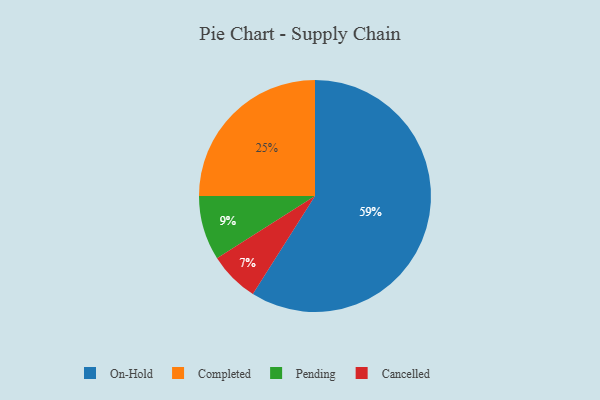
{"axis": {"x": "Category", "y": "Percentage"}, "legend": ["Cancelled", "Completed", "On-Hold", "Pending"], "data": [{"x": "Pending", "y": 9, "type": "Pending"}, {"x": "Cancelled", "y": 7, "type": "Cancelled"}, {"x": "Completed", "y": 25, "type": "Completed"}, {"x": "On-Hold", "y": 59, "type": "On-Hold"}]}